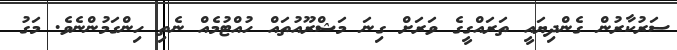
ސަރުކާރުން ގެންދިޔައީ ތަރައްގީގެ ވަރަށް ގިނަ މަޝްރޫއުތައް ހުއްޓުމެއް ނެތި ހިންގަމުންނެވެ. މަގު